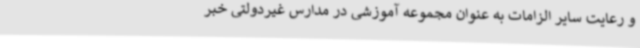
و رعایت سایر الزامات به عنوان مجموعه آموزشی در مدارس غیردولتی خبر